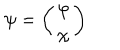
\psi = \left( \begin{array} { l c r } { { \varphi } } \\ { { \chi } } \\ \end{array} \right)